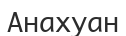
Анахуан